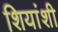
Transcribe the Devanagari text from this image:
शियांशी